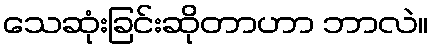
သေဆုံးခြင်းဆိုတာဟာ ဘာလဲ။